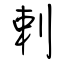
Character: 剌